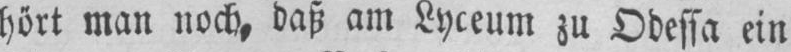
hört man noch, daß am Lyceum zu Odessa ein